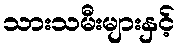
သားသမီးများနှင့်